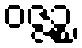
ဝဇ္ဇဉ္စ